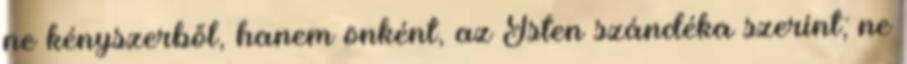
ne kényszerből, hanem önként, az Isten szándéka szerint; ne